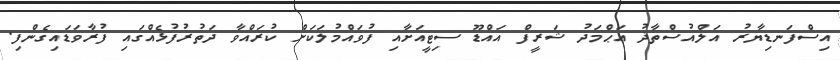
އިސްފަނޑިޔާރު އަލްއުސްތާޛު އަޙްމަދު ޝަރީފް އައްޑޫ ސިޓީއަށާއި ފުވައްމުލަކަށް ކުރައްވާ ދަތުރުފުޅެއްގައި ފުރާވަޑައިގެންފި.